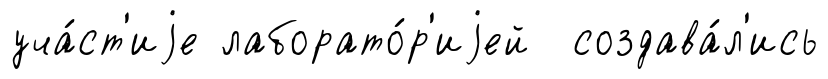
уча́ст'иjе лаборато́р'иjей создава́л'ись